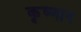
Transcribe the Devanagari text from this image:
कृष्णान